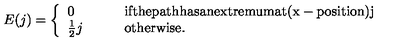
E ( j ) = \left\{ \begin{array} { l l } { 0 } & { \mathrm { i f t h e p a t h h a s a n e x t r e m u m a t ( x - p o s i t i o n ) j } } \\ { \frac { 1 } { 2 } j \qquad } & { \mathrm { o t h e r w i s e . } } \\ \end{array} \right.